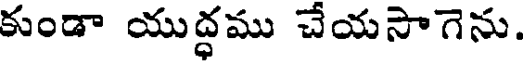
కుండా యుద్ధము చేయసాగెను.